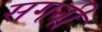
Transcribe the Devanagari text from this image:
सगनी